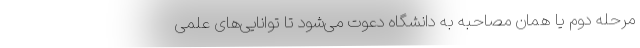
مرحله دوم یا همان مصاحبه به دانشگاه دعوت می‌شود تا توانایی‌های علمی